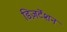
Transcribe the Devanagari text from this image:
डिज़र्टेशन